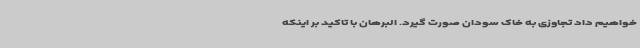
خواهیم داد تجاوزی به خاک سودان صورت گیرد. البرهان با تاکید بر اینکه